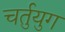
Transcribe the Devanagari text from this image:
चर्तुयुग